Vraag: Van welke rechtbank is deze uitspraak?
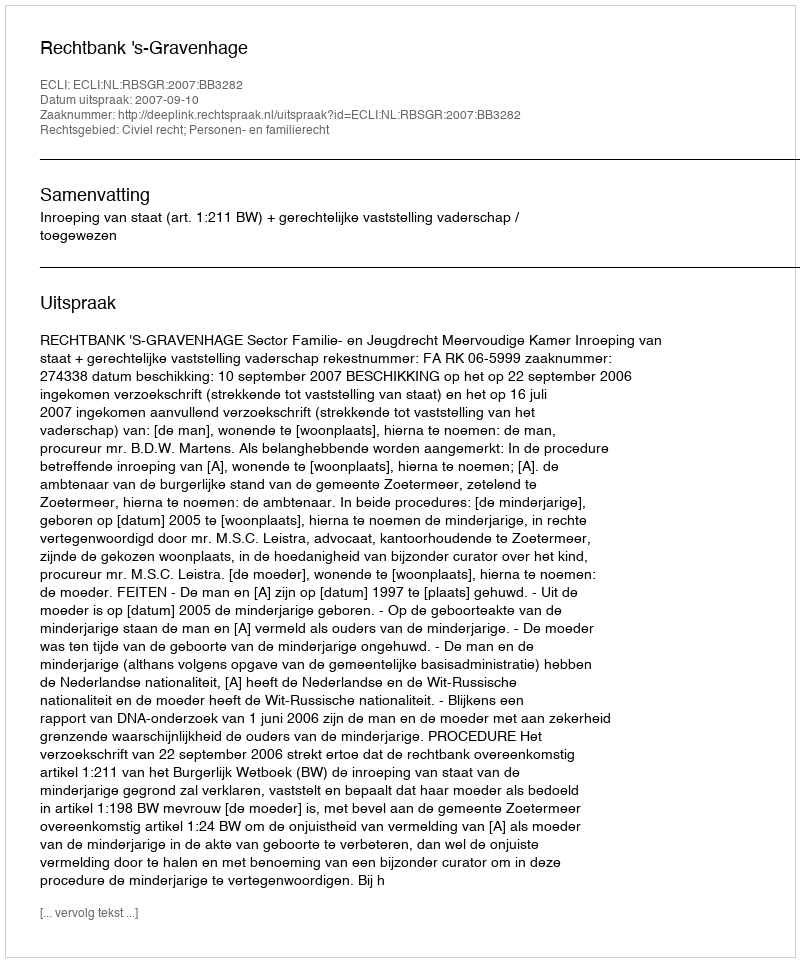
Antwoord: Rechtbank 's-Gravenhage